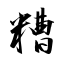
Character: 糟